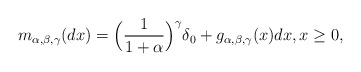
\begin{align*}m_{\alpha,\beta,\gamma}(dx)=\Big (\frac{1}{1+\alpha} \Big)^{\gamma} \delta _{0}+ g_{\alpha,\beta,\gamma}(x)dx, x \ge0,\end{align*}